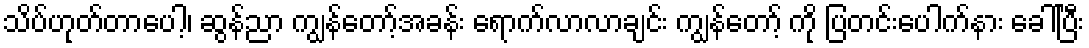
သိပ်ဟုတ်တာပေါ့၊ ဆွန်ညာ ကျွန်တော့်အခန်း ရောက်လာလာချင်း ကျွန်တော့် ကို ပြတင်းပေါက်နား ခေါ်ပြီး